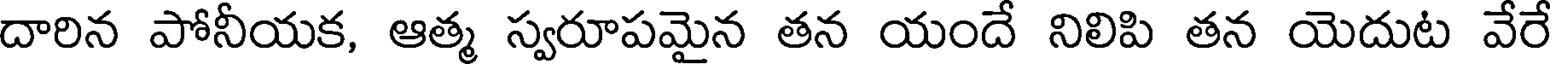
దారిన పోనీయక, ఆత్మ స్వరూపమైన తన యందే నిలిపి తన యెదుట వేరే